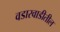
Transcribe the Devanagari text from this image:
वडारवाडीतील